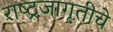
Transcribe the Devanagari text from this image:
राष्ट्रजागृतीचे